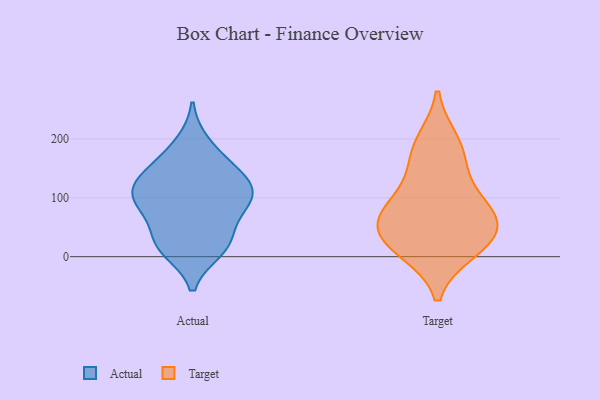
{"axis": {"x": "Website Visitors", "y": "Value"}, "legend": ["Actual", "Target"], "data": [{"x": "", "y": 21, "type": "Actual"}, {"x": "", "y": 114, "type": "Actual"}, {"x": "", "y": 159, "type": "Actual"}, {"x": "", "y": 101, "type": "Actual"}, {"x": "", "y": 36, "type": "Actual"}, {"x": "", "y": 146, "type": "Actual"}, {"x": "", "y": 192, "type": "Actual"}, {"x": "", "y": 12, "type": "Actual"}, {"x": "", "y": 134, "type": "Actual"}, {"x": "", "y": 78, "type": "Actual"}, {"x": "", "y": 19, "type": "Actual"}, {"x": "", "y": 89, "type": "Actual"}, {"x": "", "y": 96, "type": "Actual"}, {"x": "", "y": 115, "type": "Actual"}, {"x": "", "y": 81, "type": "Target"}, {"x": "", "y": 130, "type": "Target"}, {"x": "", "y": 53, "type": "Target"}, {"x": "", "y": 195, "type": "Target"}, {"x": "", "y": 66, "type": "Target"}, {"x": "", "y": 24, "type": "Target"}, {"x": "", "y": 11, "type": "Target"}, {"x": "", "y": 175, "type": "Target"}, {"x": "", "y": 24, "type": "Target"}, {"x": "", "y": 76, "type": "Target"}]}